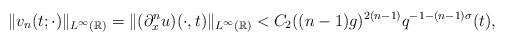
LaTeX: \begin{align*}\|v_n(t;\cdot)\|_{L^\infty(\mathbb{R})}=\|(\partial_x^nu)(\cdot,t)\|_{L^\infty(\mathbb{R})}<C_2((n-1)g)^{2(n-1)}q^{-1-(n-1)\sigma}(t),\end{align*}